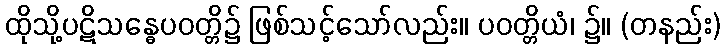
ထိုသို့ပဋိသန္ဓေပဝတ္တိ၌ ဖြစ်သင့်သော်လည်း။ ပဝတ္တိယံ၊ ၌။ (တနည်း)